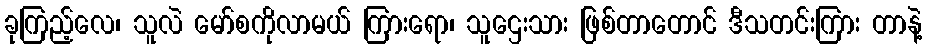
ခုကြည့်လေ၊ သူလဲ မော်စကိုလာမယ် ကြားရော၊ သူဌေးသား ဖြစ်တာတောင် ဒီသတင်းကြား တာနဲ့